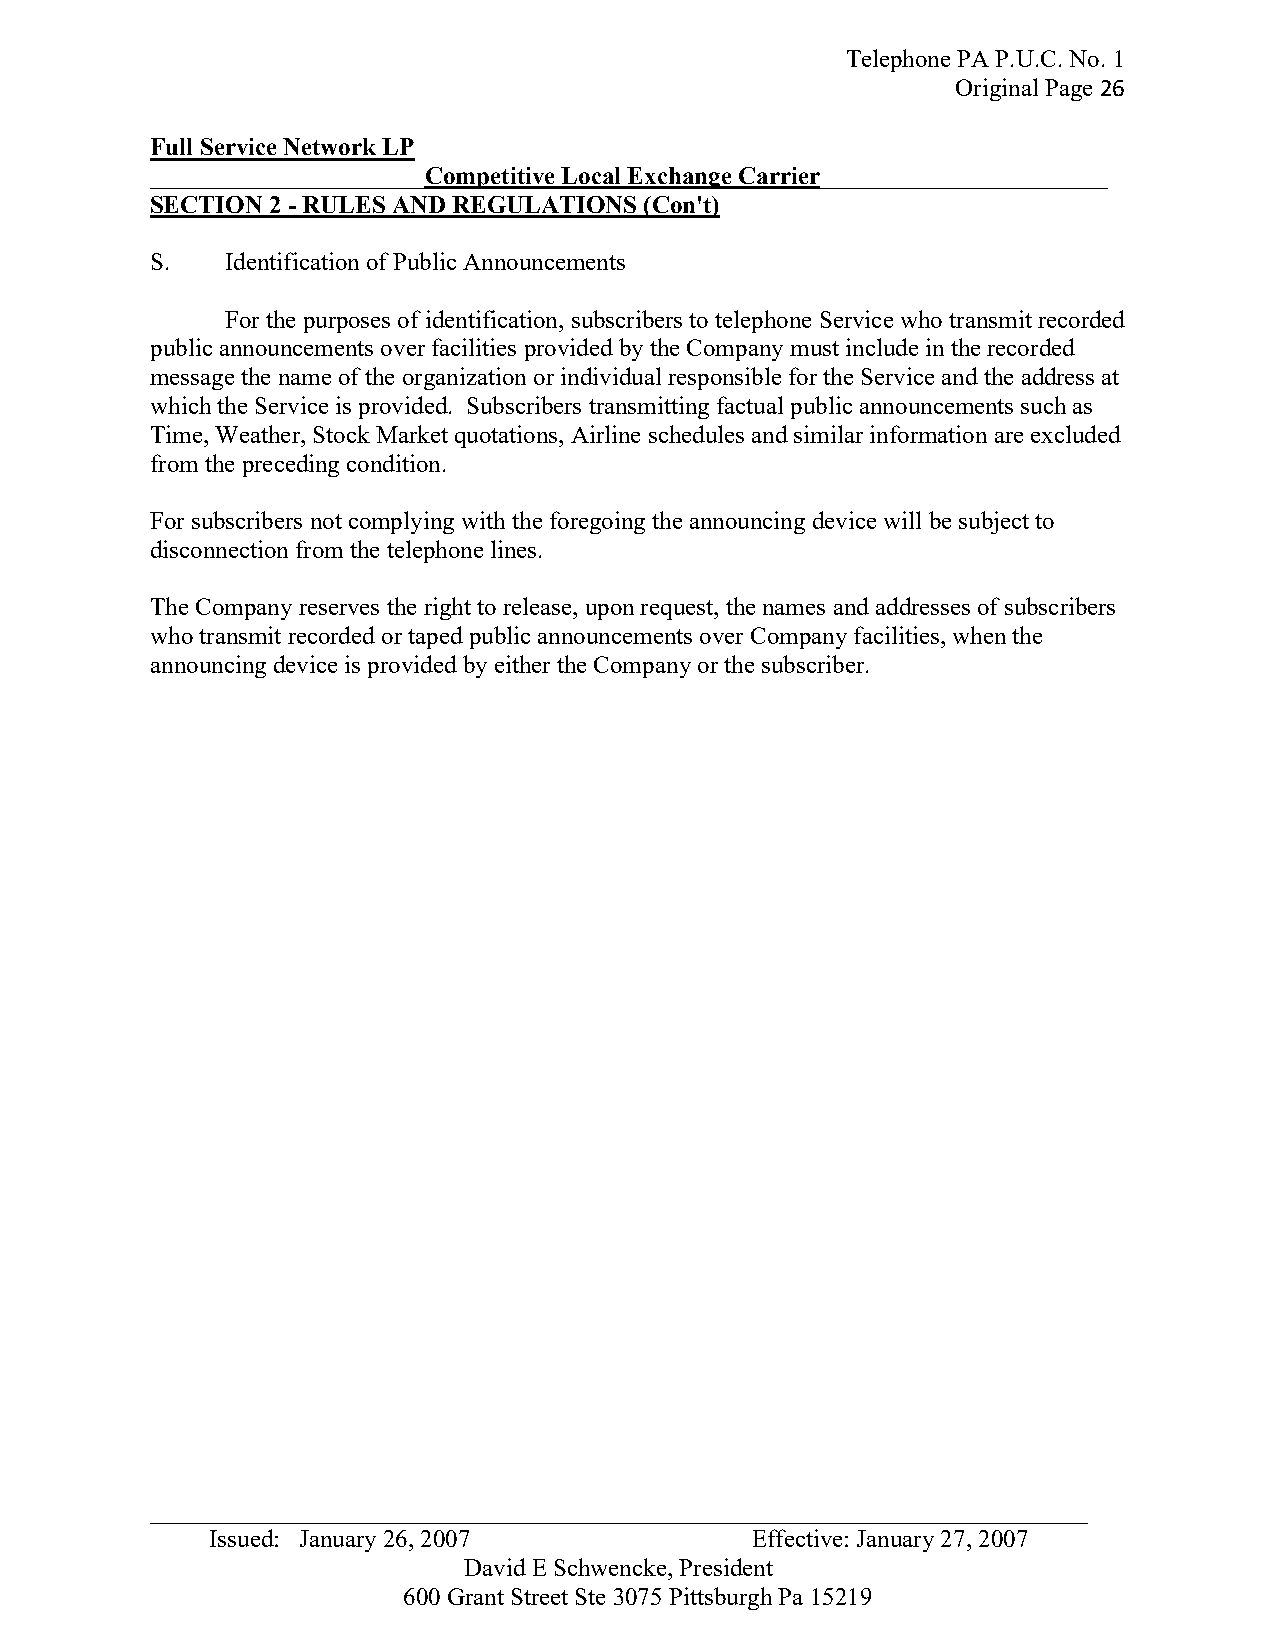
Telephone PA P.U.C. No. 1
 Original Page 26
 Full Service Network LP
 ______________________Competitive Local Exchange Carrier_______________________
 SECTION 2 - RULES AND REGULATIONS (Con't)
 S.   Identification of Public Announcements
 For the purposes of identification, subscribers to telephone Service who transmit recorded
 public announcements over facilities provided by the Company must include in the recorded
 message the name of the organization or individual responsible for the Service and the address at
 which the Service is provided. Subscribers transmitting factual public announcements such as
 Time, Weather, Stock Market quotations, Airline schedules and similar information are excluded
 from the preceding condition.
 For subscribers not complying with the foregoing the announcing device will be subject to
 disconnection from the telephone lines.
 The Company reserves the right to release, upon request, the names and addresses of subscribers
 who transmit recorded or taped public announcements over Company facilities, when the
 announcing device is provided by either the Company or the subscriber.
 _ __________________________________________________________________________
 Issued: January 26, 2007            Effective: January 27, 2007
 David E Schwencke, President
 600 Grant Street Ste 3075 Pittsburgh Pa 15219